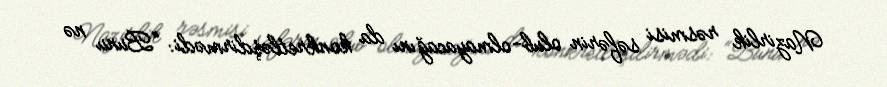
Nazirlik rəsmisi səfərin olub-olmayacağını da konkretləşdirmədi: “Bunu nə